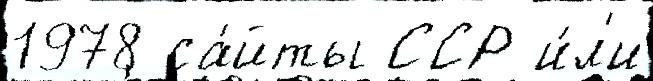
1978 са́йты ССР и́л'и